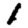
Digit: 1